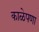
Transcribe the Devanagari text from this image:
काळेपणा